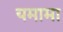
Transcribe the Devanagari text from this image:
यमामा